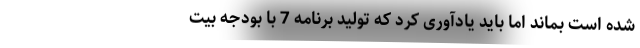
شده است بماند اما باید یادآوری کرد که تولید برنامه 7 با بودجه بیت